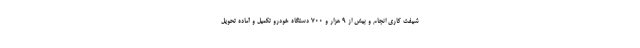
شیفت کاری انجام و بیش از ۹ هزار و ۷۰۰ دستگاه خودرو تکمیل و آماده تحویل